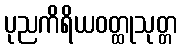
ပုညကိရိယဝတ္ထုသုတ္တ